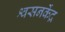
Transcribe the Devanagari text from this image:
श्वसनकेंद्र